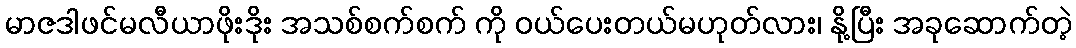
မာဇဒါဖင်မလီယာဖိုးဒိုး အသစ်စက်စက် ကို ဝယ်ပေးတယ်မဟုတ်လား၊ နို့ပြီး အခုဆောက်တဲ့